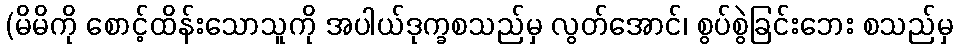
(မိမိကို စောင့်ထိန်းသောသူကို အပါယ်ဒုက္ခစသည်မှ လွတ်အောင်၊ စွပ်စွဲခြင်းဘေး စသည်မှ